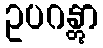
ဥပဂန္တွာ